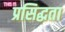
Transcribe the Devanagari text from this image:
प्रसिद्धता